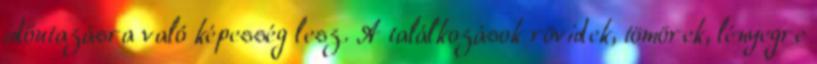
időutazásra való képesség lesz. A találkozások rövidek, tömörek, lényegre